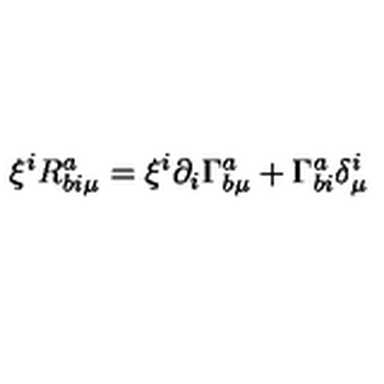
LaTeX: \xi ^ { i } R _ { b i \mu } ^ { a } = \xi ^ { i } \partial _ { i } \Gamma _ { b \mu } ^ { a } + \Gamma _ { b i } ^ { a } \delta _ { \mu } ^ { i }